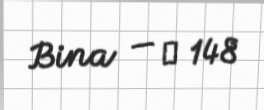
Bina — № 148